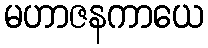
မဟာဇနကာယေ